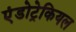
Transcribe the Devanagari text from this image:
एंडोट्रेकियल